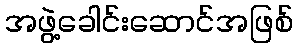
အဖွဲ့ခေါင်းဆောင်အဖြစ်